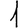
Digit: 1